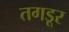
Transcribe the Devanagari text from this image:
तगडूर